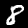
Label: 8